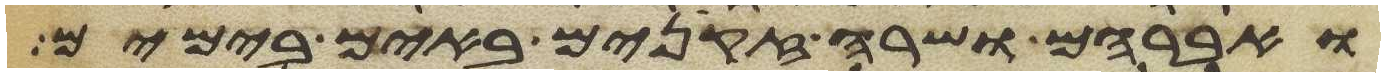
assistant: ואברהם ושרה זקנים באים בימים